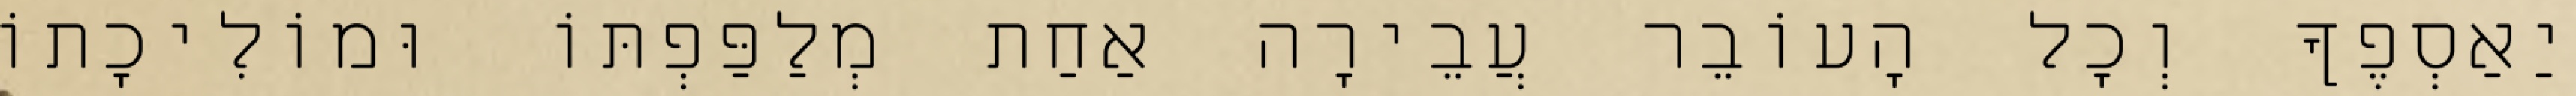
יַאַסְפֶךָ וְכׇל הָעוֹבֵר עֲבֵירָה אַחַת מְלַפַּפְתּוֹ וּמוֹלִיכָתוֹ